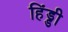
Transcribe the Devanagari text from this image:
हिंड्डी